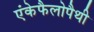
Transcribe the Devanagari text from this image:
एंकेफैलोपैथी